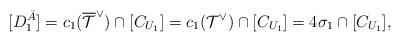
LaTeX: \begin{align*}[D^{\bar{A}}_1]=c_1(\overline{{\mathcal T}}^{\vee})\cap [C_{U_1}] =c_1(\mathcal{T}^{\vee})\cap [C_{U_1}]=4\sigma_1\cap [C_{U_1}],\end{align*}